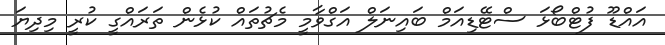
އައްޑޫ ފުޓްބޯޅަ ސްޓޭޑިއަމް ބައިނަލް އަގްވާމީ މެޗުތައް ކުޅެން ތަރައްގީ ކުރީ މިދިޔަ